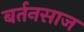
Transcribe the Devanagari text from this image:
बर्तनसाज